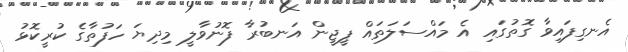
އެނގިފައިވާ ގޮތުގައި އެ މައްސަލަތައް ޕީޖީން އަނބުރާ ފޮނުވާލީ މިދިޔަ ހަފުތާގެ ކުރީކޮޅު